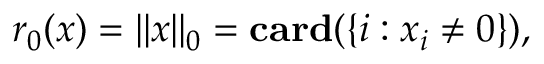
r _ { 0 } ( x ) = \| x \| _ { 0 } = \mathbf { c a r d } ( \{ i : x _ { i } \neq 0 \} ) ,